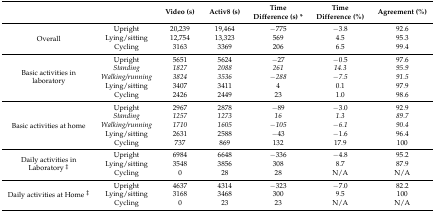
|  |  | Video (s) | Activ8 (s) | Time Difference (s) * | Time Difference (%) | Agreement (%) |
 | --- | --- | --- | --- | --- | --- | --- |
 | <ROWSPAN=3> Overall | Upright | 20,239 | 19,464 | −775 | −3.8 | 92.6 |
 | Lying/sitting | 12,754 | 13,323 | 569 | 4.5 | 95.3 |
 | Cycling | 3163 | 3369 | 206 | 6.5 | 99.4 |
 | <ROWSPAN=5> Basic activities in laboratory | Upright | 5651 | 5624 | −27 | −0.5 | 97.6 |
 | Standing | 1827 | 2088 | 261 | 14.3 | 95.9 |
 | Walking/running | 3824 | 3536 | −288 | −7.5 | 91.5 |
 | Lying/sitting | 3407 | 3411 | 4 | 0.1 | 97.9 |
 | Cycling | 2426 | 2449 | 23 | 1.0 | 98.6 |
 | <ROWSPAN=5> Basic activities at home | Upright | 2967 | 2878 | −89 | −3.0 | 92.9 |
 | Standing | 1257 | 1273 | 16 | 1.3 | 89.7 |
 | Walking/running | 1710 | 1605 | −105 | −6.1 | 90.4 |
 | Lying/sitting | 2631 | 2588 | −43 | −1.6 | 96.4 |
 | Cycling | 737 | 869 | 132 | 17.9 | 100 |
 | <ROWSPAN=3> Daily activities in Laboratory ‡ | Upright | 6984 | 6648 | −336 | −4.8 | 95.2 |
 | Lying/sitting | 3548 | 3856 | 308 | 8.7 | 87.9 |
 | Cycling | 0 | 28 | 28 | N/A | N/A |
 | <ROWSPAN=3> Daily activities at Home ‡ | Upright | 4637 | 4314 | −323 | −7.0 | 82.2 |
 | Lying/sitting | 3168 | 3468 | 300 | 9.5 | 100 |
 | Cycling | 0 | 23 | 23 | N/A | N/A |